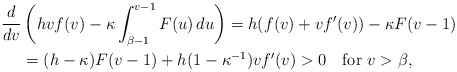
\begin{align*}\frac{d}{dv}&\left(hvf(v)-\kappa\int_{\beta-1}^{v-1}F(u)\,du\right)=h(f(v)+vf'(v))-\kappa F(v-1)\\&=(h-\kappa)F(v-1)+h(1-\kappa^{-1})vf'(v)>0\quad\mbox{for }v>\beta,\end{align*}